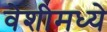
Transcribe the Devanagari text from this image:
वेशीमध्ये